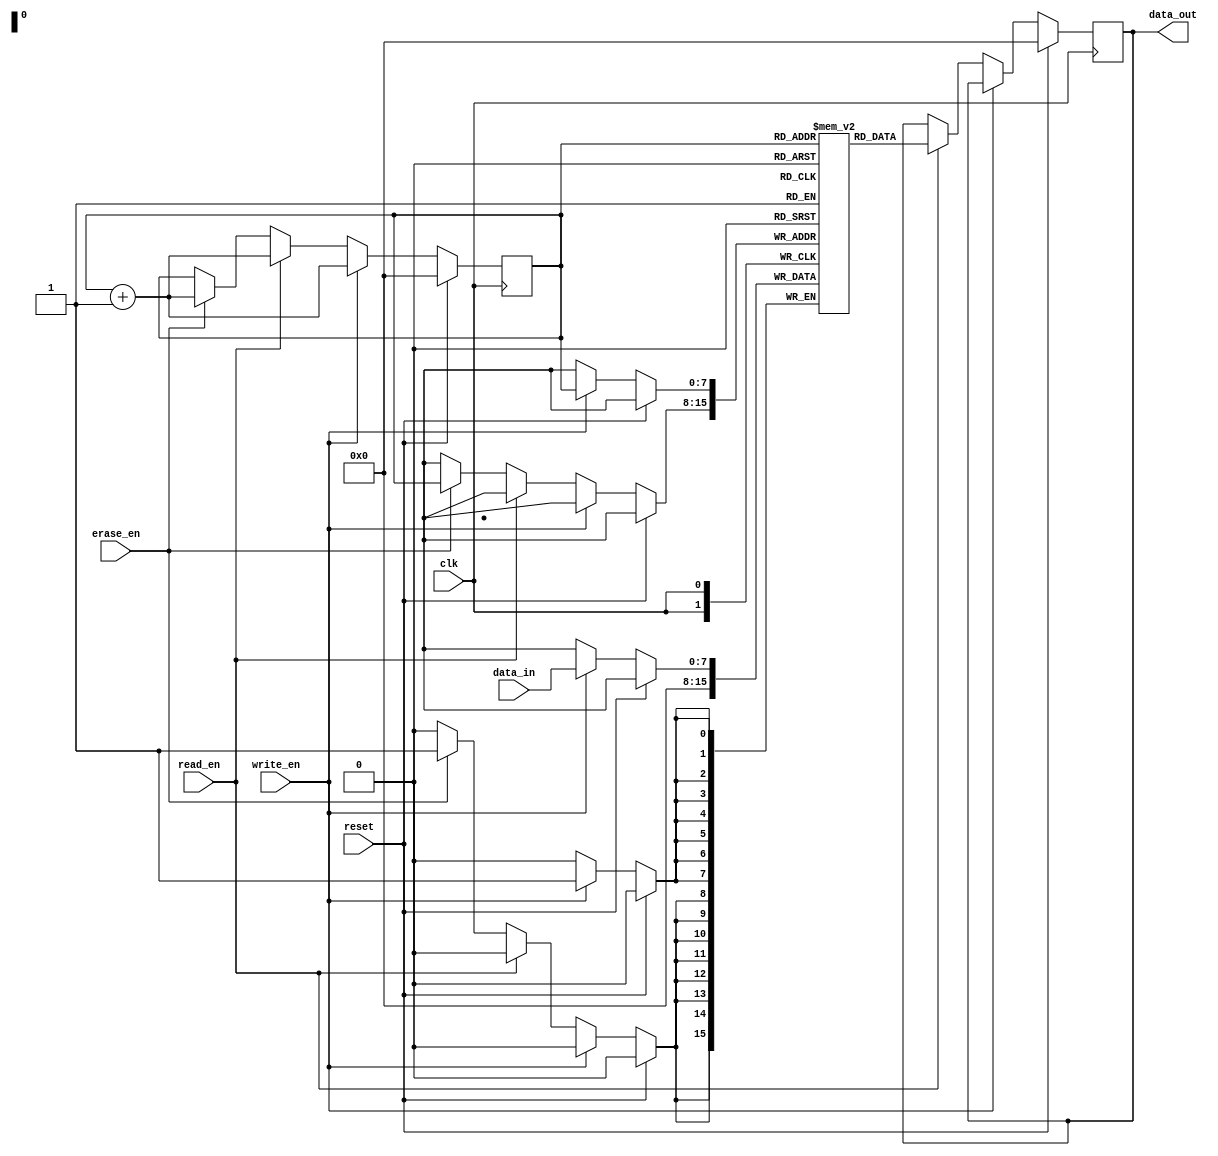
module EEPROM (
  input wire clk,
  input wire reset,
  input wire write_en,
  input wire read_en,
  input wire erase_en,
  input wire [7:0] data_in,
  output reg [7:0] data_out
);

// Memory Array
reg [7:0] memory [0:255];

// Input/Output Buffers
reg [7:0] buffer;

// Control logic for read/write operations
always @(posedge clk) begin
  if (reset) begin
    buffer <= 8'b0;
    data_out <= 8'b0;
  end
  else if (write_en) begin
    memory[buffer] <= data_in;
    buffer <= buffer + 1;
  end
  else if (read_en) begin
    data_out <= memory[buffer];
    buffer <= buffer + 1;
  end
  else if (erase_en) begin
    memory[buffer] <= 8'b0;
    buffer <= buffer + 1;
  end
end

// Error detection and correction mechanisms
// Power management circuitry
// Programming algorithms

endmodule